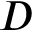
D